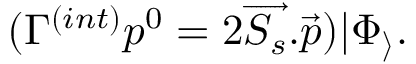
( \Gamma ^ { ( i n t ) } p ^ { 0 } = 2 \overrightarrow { S _ { s } } . \overrightarrow { p } ) | \Phi _ { \rangle } .